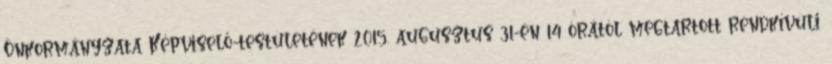
Önkormányzata Képviselő-testületének 2015. augusztus 31-én 14 órától megtartott rendkívüli